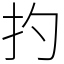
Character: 扚